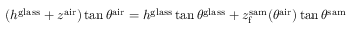
( h ^ { \mathrm { g l a s s } } + z ^ { \mathrm { a i r } } ) \tan \theta ^ { \mathrm { a i r } } = h ^ { \mathrm { g l a s s } } \tan \theta ^ { \mathrm { g l a s s } } + z _ { \mathrm { f } } ^ { \mathrm { s a m } } ( \theta ^ { \mathrm { a i r } } ) \tan \theta ^ { \mathrm { s a m } }